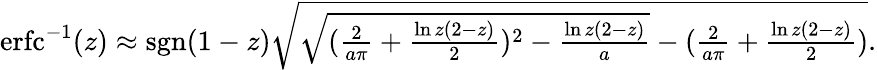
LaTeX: \begin{array}{r}{\operatorname{erfc}^{-1}(z)\approx\operatorname{sgn}(1-z)\sqrt{\sqrt{(\frac{2}{a\pi}+\frac{\ln z(2-z)}{2})^{2}-\frac{\ln z(2-z)}{a}}-(\frac{2}{a\pi}+\frac{\ln z(2-z)}{2})}.}\end{array}